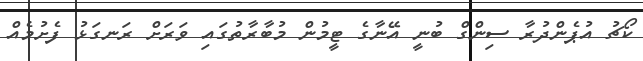
ކޯޗު އުޕެންދުރާ ސިންގް ބުނީ އޭނާގެ ޓީމުން މުބާރާތުގައި ވަރަށް ރަނގަޅު ފެށުމެއް